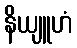
နိယျူဟံ